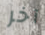
آخر